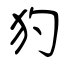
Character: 犳